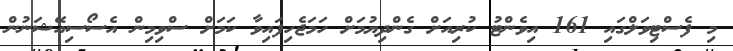
މި ފެސްޓިވަލްގައި 161 އިވެންޓު ކުރިއަށް ގެންދިޔުމަށް ހަމަޖެހިފައިވާ ކަމަށް ސްވިމިން އެސޯސިއޭޝަނުން